Vaccination in Burma 1920-1933 - 1920-1933
Year: 1920
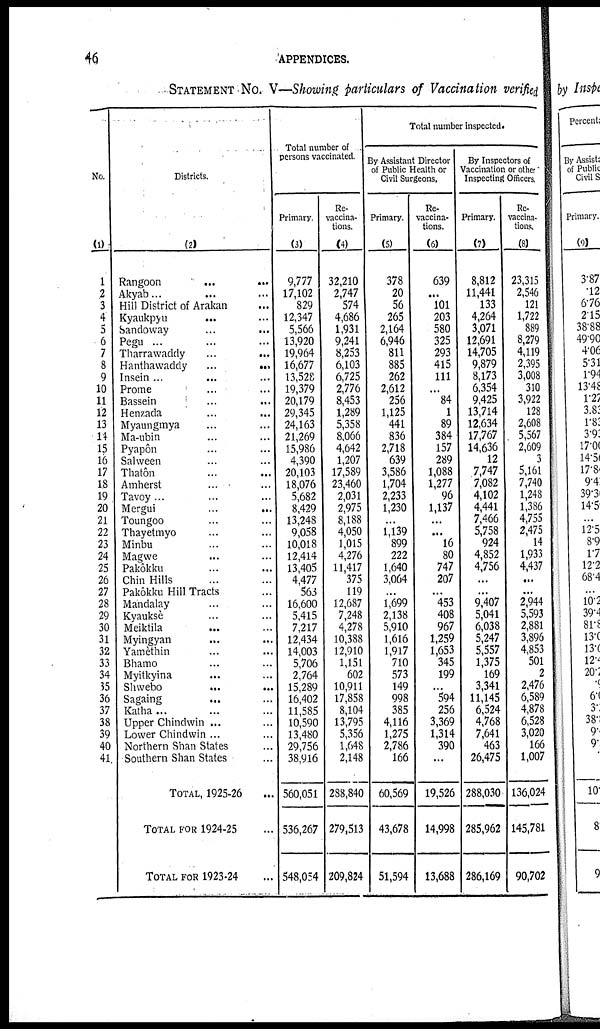
46
APPENDICES.
STATEMENT No. V—Showing particulars of Vaccination verified
No.
(1)
1
2
3
4
5
6
7
8
9
10
11
12
13
14
15
16
17
18
19
20
21
22
23
24
25
26
27
28
29
30
31
32
33
34
35
36
37
38
39
40
41
Districts.
(2)
Rangoon
...
...
Akyab... ... ...
Hill District of Arakan...
Kyaukpyu...
...
Sandoway... ...
Pegu ... ... ...
Tharrawaddy... ...
Hanthawaddy...
...
Insein ... ... ...
Prome... ...
Bassein... ...
Henzada... ...
Myaungmya... ...
Ma-ubin... ...
Pyapôn... ...
Salween... ...
Thatôn... ...
Amherst... ...
Tavoy ... ... ...
Mergui...
...
Toungoo... ...
Thayetmyo... ...
Minbu... ...
Magwe... ...
Pakôkku... ...
Chin Hills... ...
Pakôkku Hill Tracts ...
Mandalay... ...
Kyaukse... ...
Meiktila...
...
Myingyan... ...
Yamèthin... ...
Bhamo... ...
Myitkyina... ...
Shwebo...
...
Sagaing... ...
Katha ... ... ...
Upper Chindwin ... ...
Lower Chindwin... ...
Northern Shan States...
Southern Shan States...
TOTAL 1925-26...
TOTAL FOR 1924-25...
TOTAL FOR 1923-24...
Total number of
persons vaccinated.
Primary.
(3)
9,777
17,102
829
12,347
5,566
13,920
19,964
16,677
13,528
19,379
20,179
29,345
24,163
21,269
15,986
4,390
20,103
18,076
682
8,429
13,248
9,058
10,018
12,414
13,405
4,477
563
16,600
5,415
7,217
12,434
14,003
5,706
2,764
15,289
16,402
11,585
10,590
13,480
29,756
38,916
560,051
536,267
548,054
Re-
vaccina-
tions.
(4)
32,210
2,747
574
4,686
1,931
9,241
8,253
6,103
6,725
2,776
8,453
1,289
5,358
8,066
4,642
1,207
17,589
23,460
2,031
2,975
8,188
4,050
1,015
4,276
11,417
375
119
12,687
7,248
4,278
10,388
12,910
1,151
602
10,911
17,858
8,104
13,795
5,356
1,648
2,148
288,840
279,513
209,824
Total number inspected.
By Assistant Director
of Public Health or
Civil Surgeons,
Primary.
(5)
378
20
56
265
2,164
6,946
811
885
262
2,612
256
1,125
441
836
2,718
639
3,586
1,704
2,233
1,230
...
1,139
899
222
1,640
3,064
...
1,699
2,138
5,910
1,616
1,917
710
573
149
998
385
4,116
1,275
2,786
166
60,569
43,678
51,594
Re-
vaccina-
tions.
(6)
639
...
101
203
580
325
293
415
111
...
84
1
89
384
157
289
1,088
1,277
96
1,137
...
...
16
80
747
207
...
453
408
967
1,259
1,653
345
199
...
594
256
3,369
1,314
390
...
19,526
14,998
13,688
By Inspectors of
Vaccination or other
Inspecting Officers.
Primary.
(7)
8,812
11,441
133
4,264
3,071
12,691
14,705
9,879
8,173
6,354
9,425
13,714
12,634
17,767
14,636
12
7,747
7,082
4,102
4,441
7,466
5,758
924
4,852
4,756
...
...
9,407
5,041
6,038
5,247
5,557
1,375
169
3,341
11,145
6,524
4,768
7,641
463
26,475
288,030
285,962
286,169
Re-
vaccina-
tions.
(8)
23,315
2,546
121
1,722
889
8,279
4,119
2,395
3,008
310
3,922
128
2,608
5,567
2,609
3
5,161
7,740
1,248
1,386
4,755
2,475
14
1,933
4,437
...
...
2,944
5,593
2,881
3,896
4,853
501
2
2,476
6,589
4,878
6,528
3,020
166
1,007
136,024
145,781
90,702